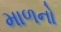
માળનો